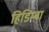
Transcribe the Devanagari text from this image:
हिडिम्‍बा